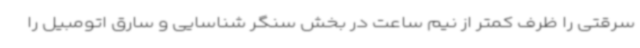
سرقتی را ظرف کمتر از نیم ساعت در بخش سنگر شناسایی و سارق اتومبیل را